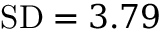
\mathrm { { S D } } = 3 . 7 9